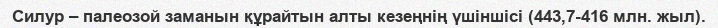
Силур – палеозой заманын құрайтын алты кезеңнің үшіншісі (443,7-416 млн. жыл).